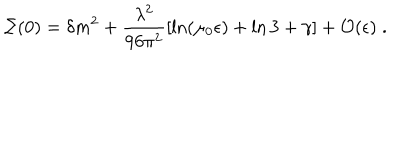
LaTeX: \Sigma ( 0 ) = \delta m ^ { 2 } + \frac { \lambda ^ { 2 } } { 9 6 \pi ^ { 2 } } [ \ln ( \mu _ { 0 } \epsilon ) + \ln 3 + \gamma ] + { \cal O } ( \epsilon ) \; .